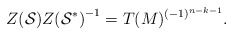
\begin{align*}{Z({\cal S})}{Z({\cal S}^*)}^{-1} = T(M)^{(-1)^{n-k-1}}.\end{align*}